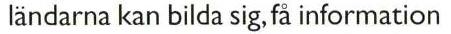
 ländarna kan bilda sig, få information